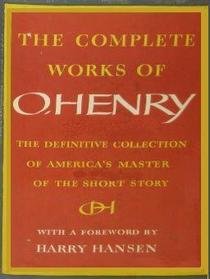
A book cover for The Complete Works of O. Henry, Vol. 1; O. Henry; Christian Books & Bibles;